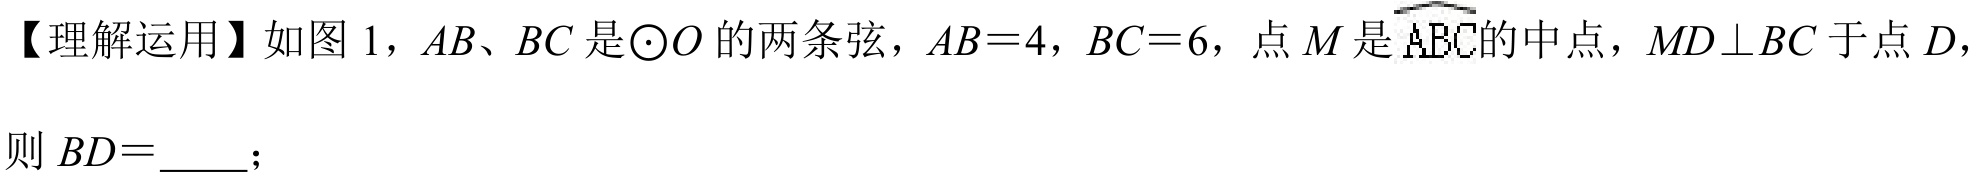
【理解运用】如图 1，\(AB\)、\(BC\)是\(\odot O\)的两条弦，\(AB = 4\)，\(BC = 6\)，点\(M\)是\(\overset{\frown}{ABC}\)的中点，\(MD\perp BC\)于点\(D\)，则 \(BD=\)  ；